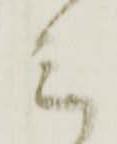
ミ